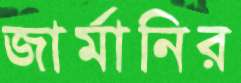
জার্মানির